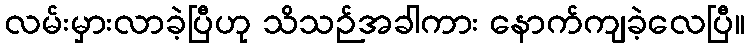
လမ်းမှားလာခဲ့ပြီဟု သိသဉ်အခါကား နောက်ကျခဲ့လေပြီ။